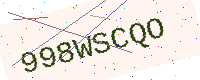
Text: 998WSCQO